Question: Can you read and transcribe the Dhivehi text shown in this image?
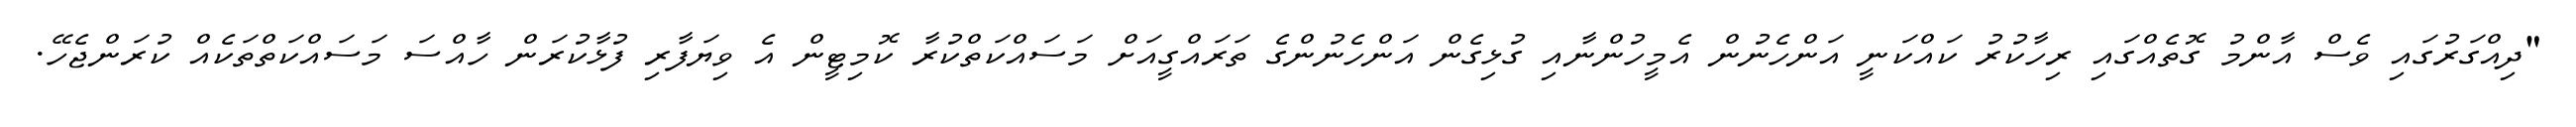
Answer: "ދިއްގަރުގައި ވެސް އާންމު ގޮތެއްގައި ރިހާކުރު ކައްކަނީ އަންހެނުން އެމީހުންނާއި ގުޅިގެން އަންހެނުންގެ ތަރައްގީއަށް މަސައްކަތްކުރާ ކޮމިޓީން އެ ވިޔަފާރި ފުޅާކުރަން ހާއްސަ މަސައްކަތްތަކެއް ކުރަންޖެހޭ.